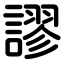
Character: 謬